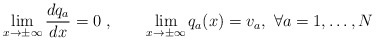
\begin{align*}\lim_{x\to \pm \infty}\frac{dq_a}{dx}=0\ ,\qquad \lim_{x\to \pm\infty}q_a(x)=v_a,\ \forall a=1,\dots,N\end{align*}